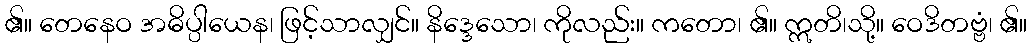
၏။ တေနေဝ အဓိပ္ပါယေန၊ ဖြင့်သာလျှင်။ နိဒ္ဒေသော၊ ကိုလည်း။ ကတော၊ ၏။ ဣတိ၊သို့။ ဝေဒိတဗ္ဗံ၊ ၏။